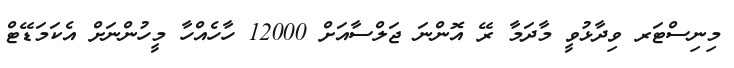
މިނިސްޓަރ ވިދާޅުވީ މާދަމާ ރޭ އޮންނަ ޖަލްސާއަށް 12000 ހާހެއްހާ މީހުންނަށް އެކަމަޑޭޓް